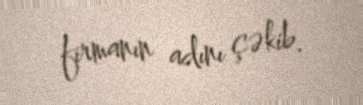
firmanın adını çəkib.